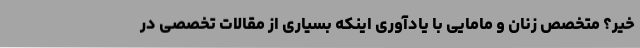
خیر؟ متخصص زنان و مامایی با یادآوری اینکه بسیاری از مقالات تخصصی در